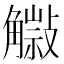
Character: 𧤿